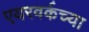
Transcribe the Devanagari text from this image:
एयरवर्कच्या